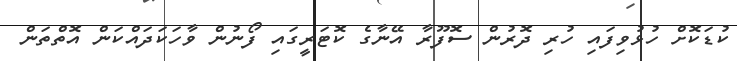
ކުޑަކޮށް ހުޅުވިފައި ހުރި ދޮރުން ސޮފޫރާ އޭނާގެ ކޮޓަރީގައި ފޯނުން ވާހަކަދައްކަން އޮތްތަން